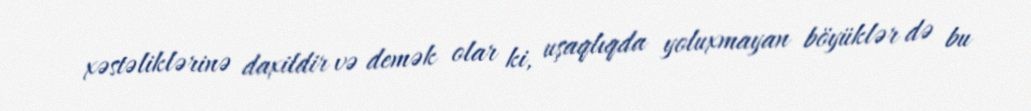
xəstəliklərinə daxildir və demək olar ki, uşaqlıqda yoluxmayan böyüklər də bu